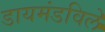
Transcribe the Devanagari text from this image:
डायमंडविले